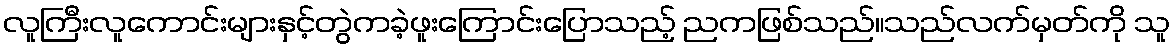
လူကြီးလူကောင်းများနှင့်တွဲကခဲ့ဖူးကြောင်းပြောသည့် ညကဖြစ်သည်။သည်လက်မှတ်ကို သူ